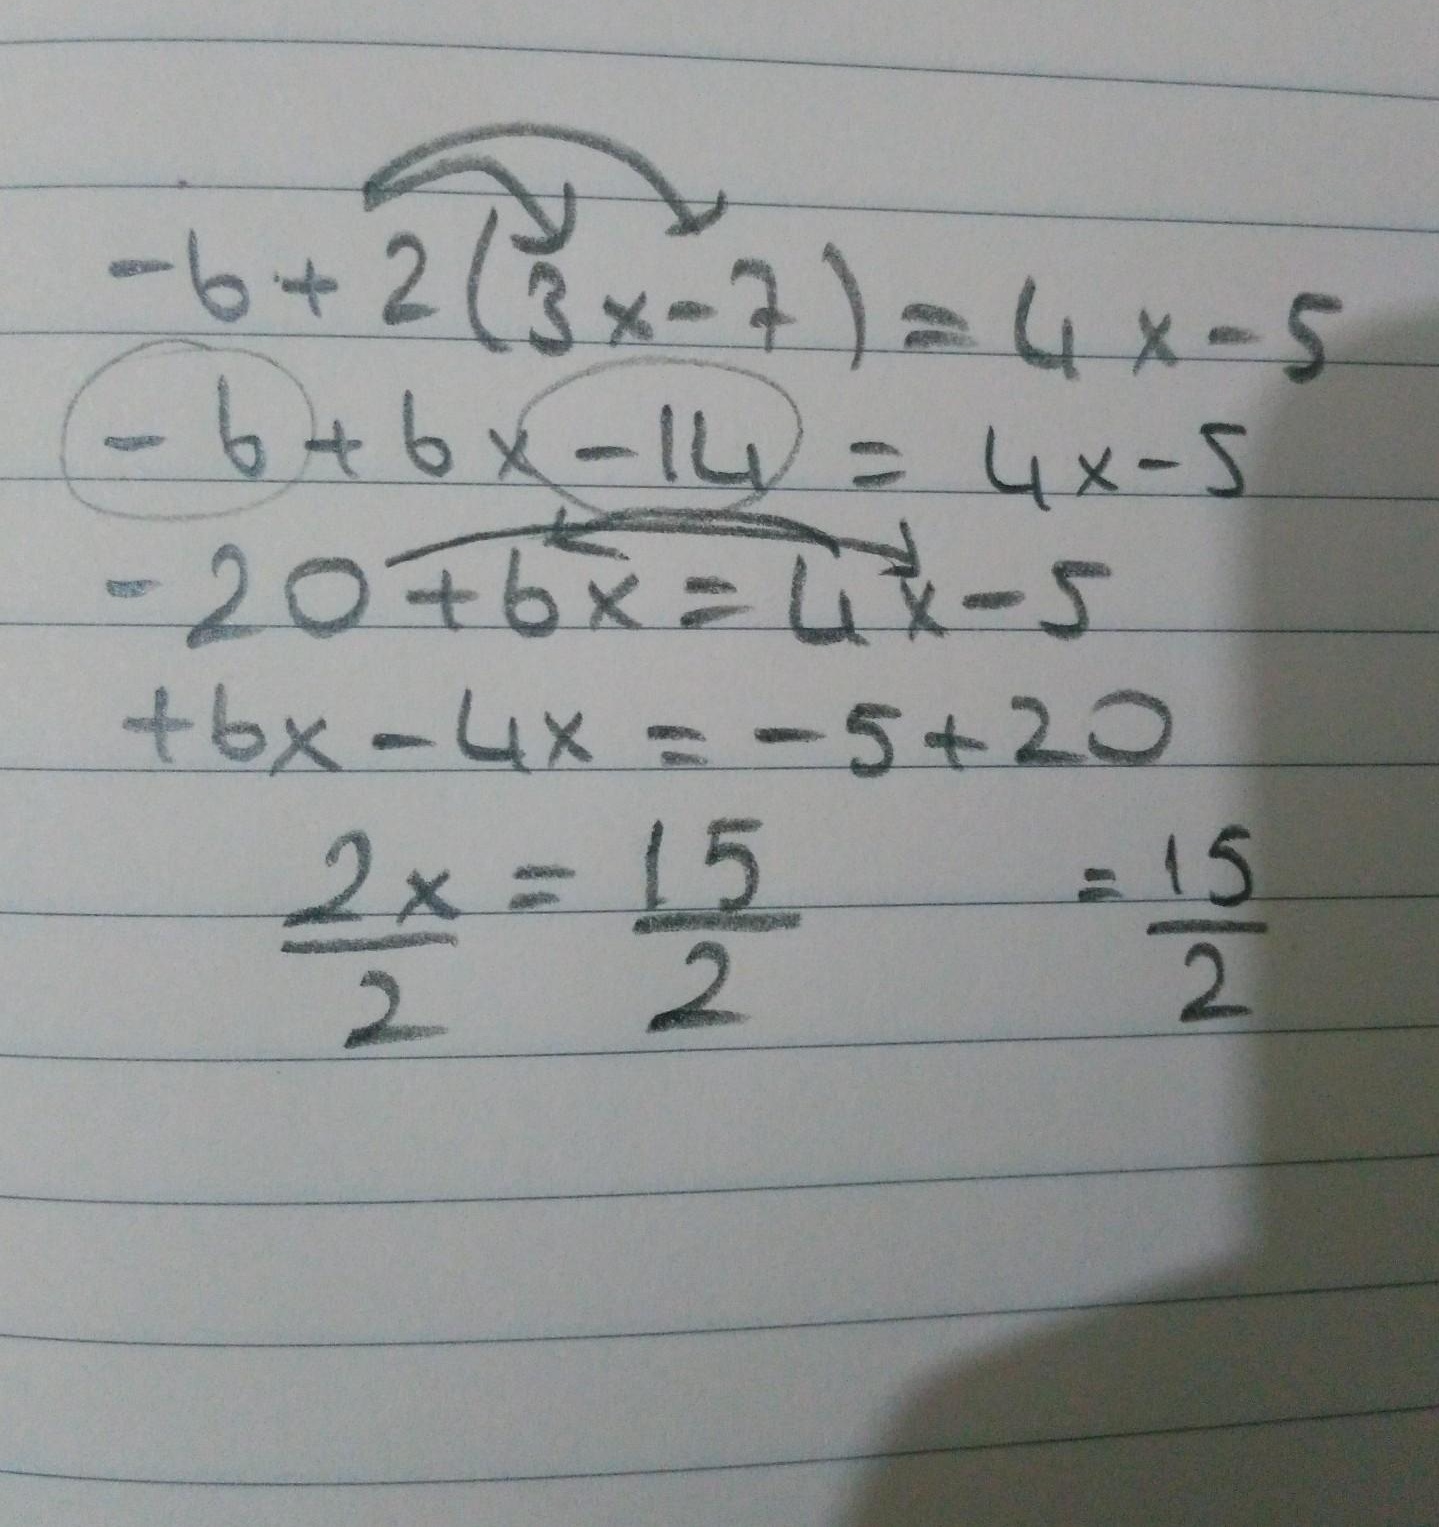
\[-6 + 2(3x - 7)=4x - 5\]
\[-6 + 6x - 14=4x - 5\]
\[-20 + 6x=4x - 5\]
\[6x - 4x=-5 + 20\]
\[\frac{2x}{2}=\frac{15}{2}\quad=\frac{15}{2}\]